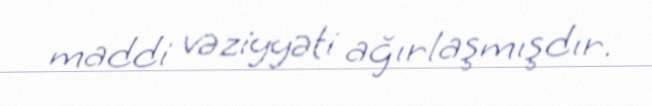
maddi vəziyyəti ağırlaşmışdır.